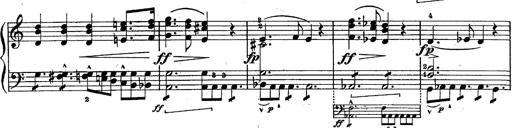
Title: Schubert's Impromptus [revised and edited by Franz Liszt]
Composer: Franz Liszt